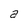
Character: a